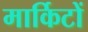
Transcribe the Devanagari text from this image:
मार्किटों